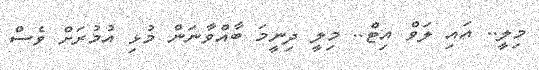
މިލީ.. އައި ލަވް އިޓް.. މިލީ ދިނީމަ ބާއްވާނަން މުޅި އުމުރަށް ވެސް